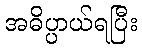
အဓိပ္ပာယ်ရပြီး